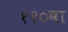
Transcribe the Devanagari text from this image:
११०वा